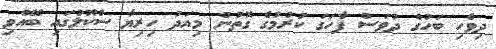
ދިވެހި ބަހުގެ ދުވަސް ފާހަގަ ކުރުމުގެ ގޮތުން މިއަދު ހިރިޔާ ސްކޫލުގައި ބޭއްވި